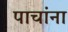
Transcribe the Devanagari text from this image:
पाचांना